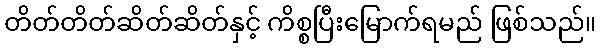
တိတ်တိတ်ဆိတ်ဆိတ်နှင့် ကိစ္စပြီးမြောက်ရမည် ဖြစ်သည်။